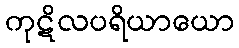
ကုဋိလပရိယာယော